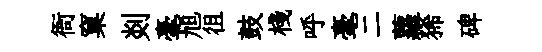
衙窠剡毫旭徂鼓棧呼毫二蘿狶碑